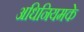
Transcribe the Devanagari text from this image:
अधिनियमके